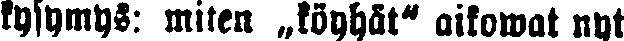
kysymys: miten „köyhät" aikowat nyt